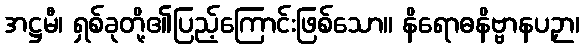
အဋ္ဌမီ၊ ရှစ်ခုတို့၏ပြည့်ကြောင်းဖြစ်သော။ နိရောဓနိဗ္ဗာနပဉှာ၊